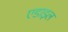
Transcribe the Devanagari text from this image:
एडाइल